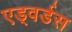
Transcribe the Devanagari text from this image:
एड्वर्डस